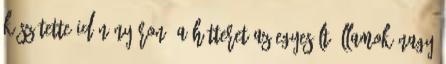
készítette idén nyáron, a hátteret az Egyesült Államok Nagy